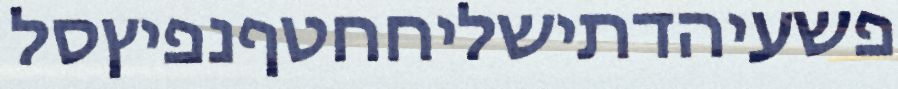
פשעיהדתישליחחטףנפיץסל